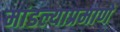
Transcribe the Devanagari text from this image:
मांडल्याप्रमाणे